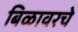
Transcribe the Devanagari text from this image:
बिळावरचे